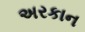
અરકાન